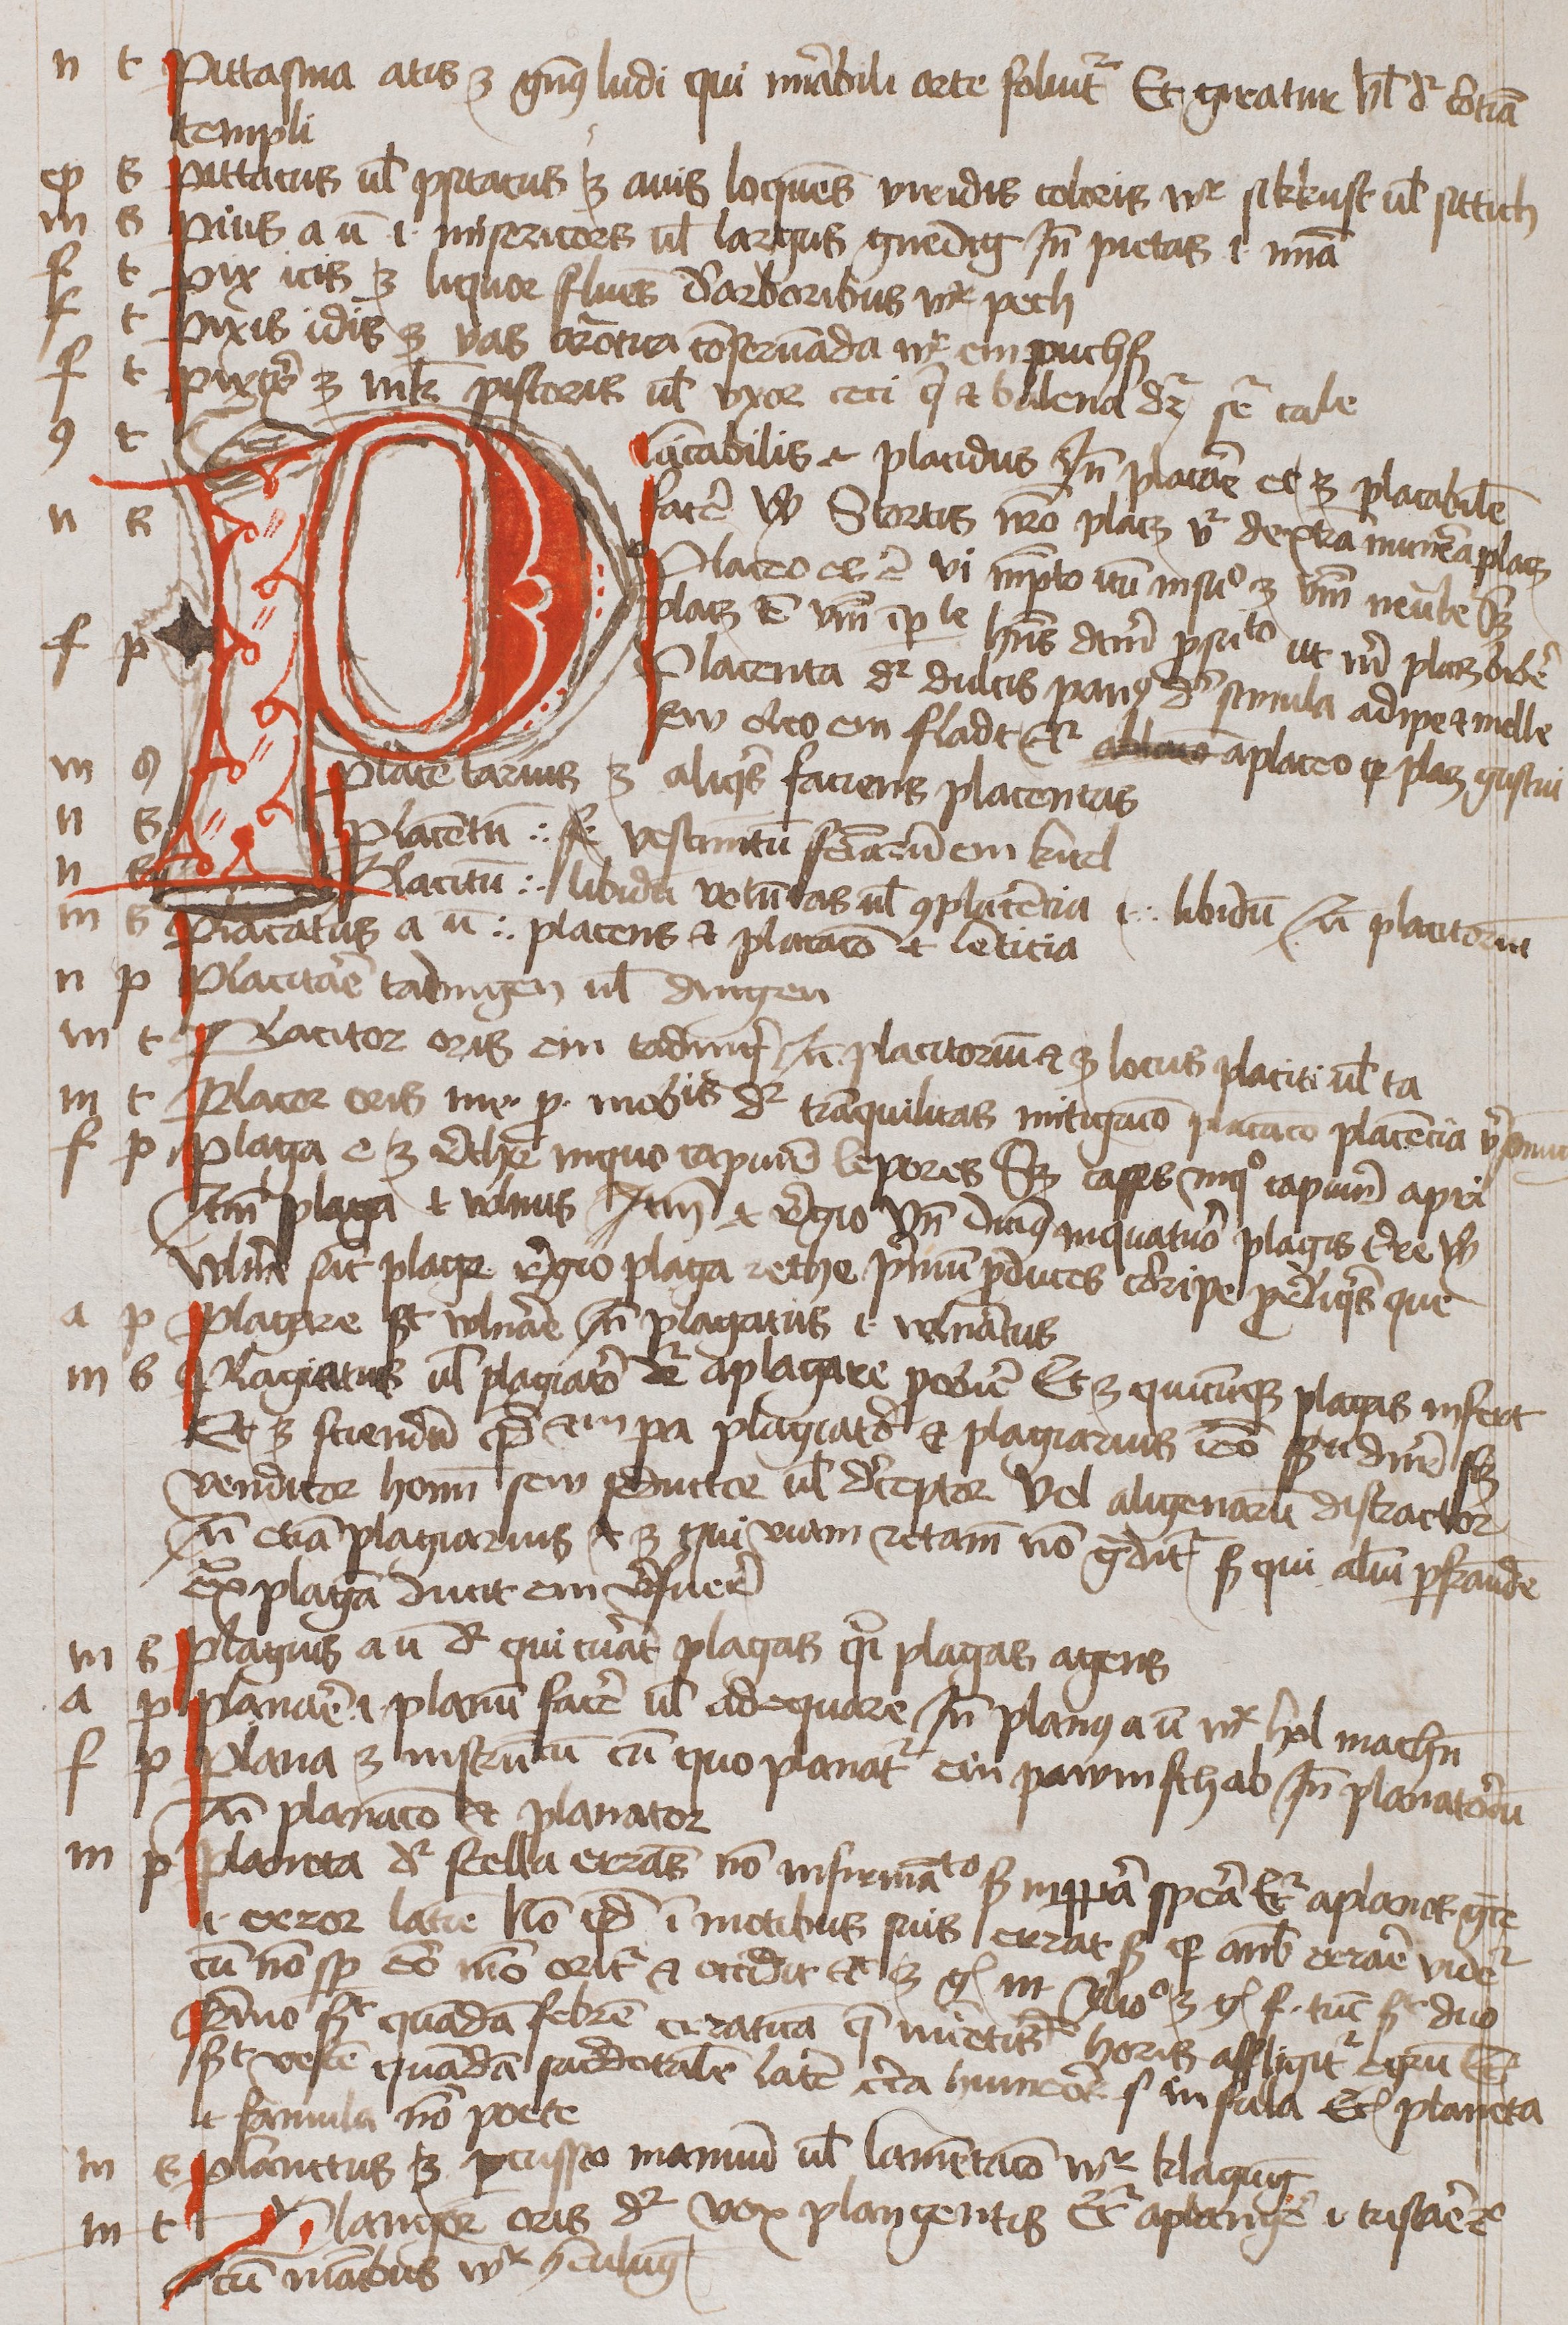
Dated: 1450–1474